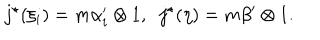
LaTeX: j ^ { \star } ( \xi _ { i } ) = m \alpha _ { i } ^ { \prime } \otimes 1 , \; \; j ^ { \star } ( \eta ) = m \beta ^ { \prime } \otimes 1 .